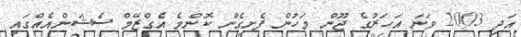
އަދި 2003 ވަނަ އަހަރުގެ ޖޫން މަހުން ފެށިގެން ކޮންމެ އެގްޒޭމް ސެޝަންއެއްގައި